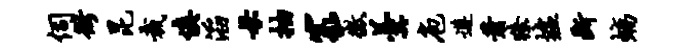
伺衙昆裁慎滔母抽篆征羹庖遵萧獠墟断螭